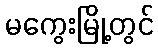
မကွေးမြို့တွင်